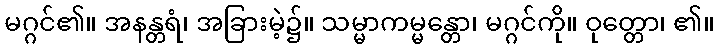
မဂ္ဂင်၏။ အနန္တရံ၊ အခြားမဲ့၌။ သမ္မာကမ္မန္တော၊ မဂ္ဂင်ကို။ ဝုတ္တော၊ ၏။